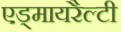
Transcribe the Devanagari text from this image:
एड्मायरैल्टी